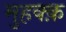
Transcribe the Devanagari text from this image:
मुहक्क़